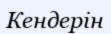
Кендерін